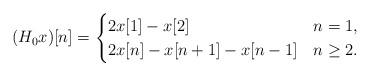
LaTeX: \begin{align*}(H_0x)[n]=\begin{cases}2x[1]-x[2]& n=1,\\2x[n]-x[n+1]-x[n-1] & n\geq2.\end{cases}\end{align*}